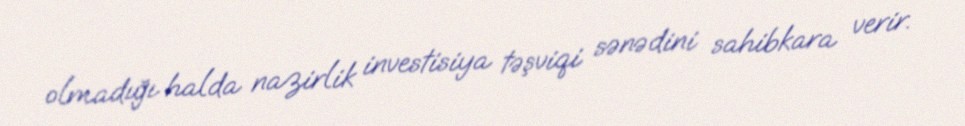
olmadığı halda nazirlik investisiya təşviqi sənədini sahibkara verir.